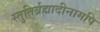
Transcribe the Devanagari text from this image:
स्तुतिर्ब्रह्मादीनामपि